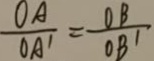
\frac { O A } { O A ^ { \prime } } = \frac { O B } { O B ^ { \prime } }